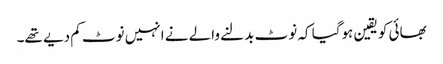
بھائی کو یقین ہوگیا کہ نوٹ بدلنے والے نے انہیں نوٹ کم دیے تھے۔